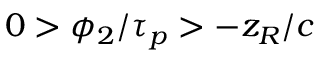
0 > \phi _ { 2 } / \tau _ { p } > - z _ { R } / c